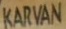
KARWAN